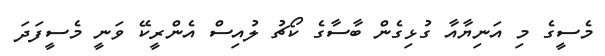
މެސީގެ މި އަނިޔާއާ ގުޅިގެން ބާސާގެ ކޯޗު ލުއިސް އެންރީކޭ ވަނީ މެސީފަދަ